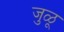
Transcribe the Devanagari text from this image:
जुळू